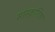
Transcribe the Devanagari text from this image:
सांस्कृ़तिक